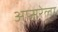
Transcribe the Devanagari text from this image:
अप्सरेला